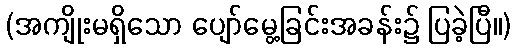
(အကျိုးမရှိသော ပျော်မွေ့ခြင်းအခန်း၌ ပြခဲ့ပြီ။)